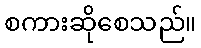
စကားဆိုစေသည်။